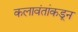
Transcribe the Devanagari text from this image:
कलावंतांकडून